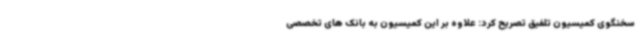
سخنگوی کمیسیون تلفیق تصریح کرد: علاوه بر این کمیسیون به بانک های تخصصی